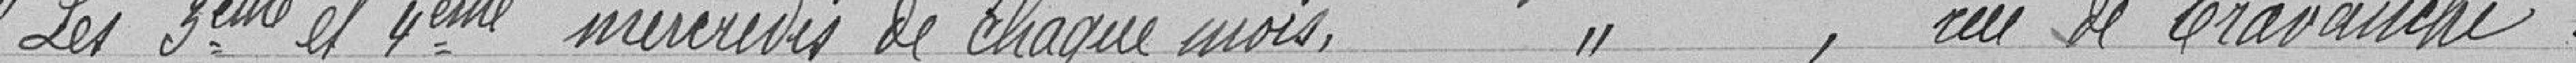
"Les troisième et quatrième mardis de chaque mois, ",  rue de Cravanche.